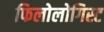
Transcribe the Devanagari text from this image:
फिलोलोगिस्ट